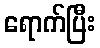
ရောက်ပြီး